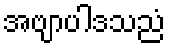
အဗျာပါဒသညံ